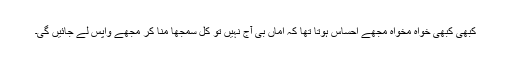
کبھی کبھی خواہ مخواہ مجھے احساس ہوتا تھا کہ اماں بی آج نہیں تو کل سمجھا منا کر مجھے واپس لے جائیں گی۔